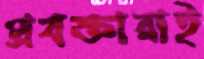
প্রবক্তারাই